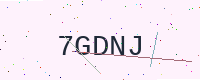
Text: 7GDNJ